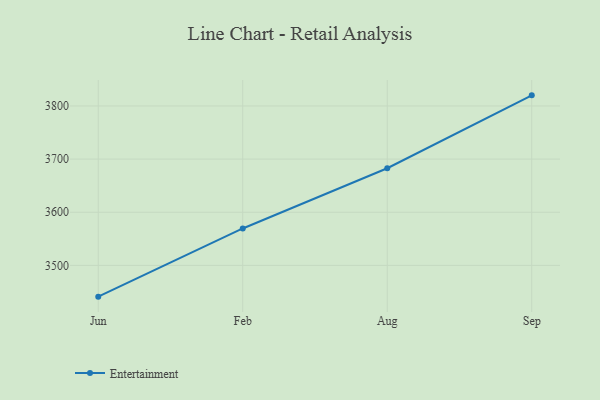
{"axis": {"x": "Month", "y": "Population (Million)"}, "legend": ["Entertainment"], "data": [{"x": "Jun", "y": 3441.2, "type": "Entertainment"}, {"x": "Feb", "y": 3569.5, "type": "Entertainment"}, {"x": "Aug", "y": 3682.8, "type": "Entertainment"}, {"x": "Sep", "y": 3820.0, "type": "Entertainment"}]}